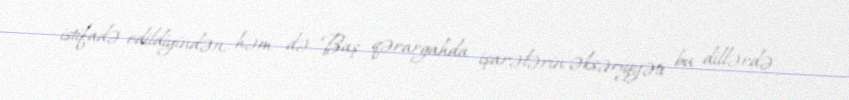
istifadə edildiyindən, həm də Baş qərargahda işarələrin əksəriyyəti bu dillərdə